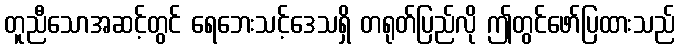
တူညီသောအဆင့်တွင် ရေဘေးသင့်ဒေသရှိ တရုတ်ပြည်လို ဤတွင်ဖော်ပြထားသည်